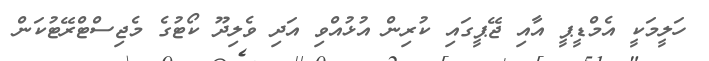
ހަލީމަކީ އެމްޑީޕީ އާއި ޖޭޕީގައި ކުރިން އުޅުއްވި އަދި ވެލިދޫ ކޯޓުގެ މެޖިސްޓްރޭޓުކަން